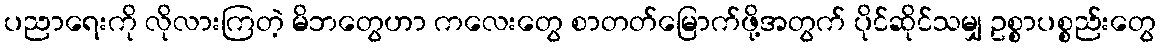
ပညာရေးကို လိုလားကြတဲ့ မိဘတွေဟာ ကလေးတွေ စာတတ်မြောက်ဖို့အတွက် ပိုင်ဆိုင်သမျှ ဥစ္စာပစ္စည်းတွေ